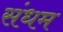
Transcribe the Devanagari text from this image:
संधम